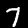
Digit: 7